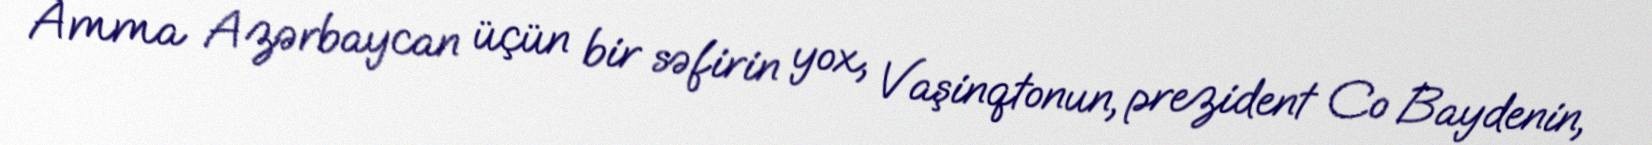
Amma Azərbaycan üçün bir səfirin yox, Vaşinqtonun, prezident Co Baydenin,